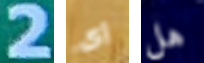
2 إى هل